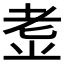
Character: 𱻩